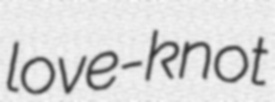
love-knot